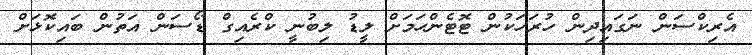
އެރިކްސަން ނަގައިދިން ހުރަހަކުން ޓޮޓެންހަމަށް ލީޑު ލިބުނީ ކްރެއިގް ޑޯސަން އަތުން ބައިކޮޅަށް